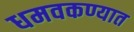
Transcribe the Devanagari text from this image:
धमवकण्यात